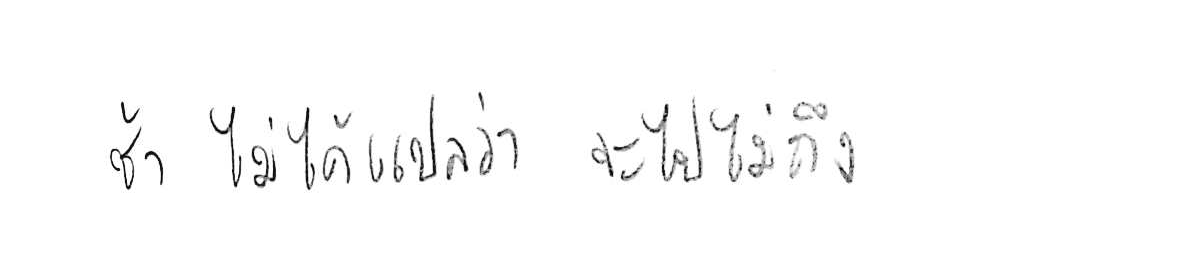
ช้า ไม่ได้แปลว่า จะไปไม่ถึง